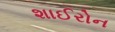
શાઈરોન